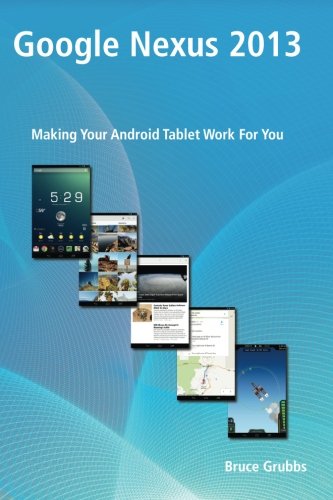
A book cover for Google Nexus 2013: Making Your Android Tablet Work For You; Bruce Grubbs; Computers & Technology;